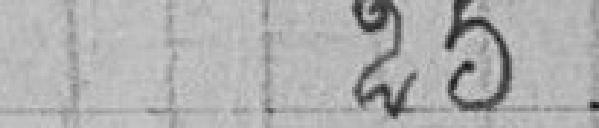
25